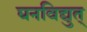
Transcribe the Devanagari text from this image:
घनविद्युत्